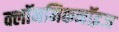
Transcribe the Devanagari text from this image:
क्लॉनमिकनॉइज